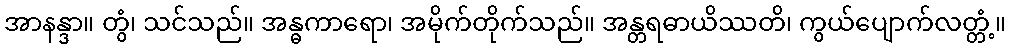
အာနန္ဒာ။ တွံ၊ သင်သည်။ အန္ဓကာရော၊ အမိုက်တိုက်သည်။ အန္တရဓာယိဿတိ၊ ကွယ်ပျောက်လတ္တံ့။